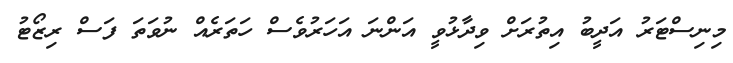
މިނިސްޓަރު އަދީބު އިތުރަށް ވިދާޅުވީ އަންނަ އަހަރުވެސް ހަތަރެއް ނުވަތަ ފަސް ރިޒޯޓު